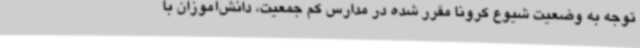
توجه به وضعیت شیوع کرونا مقرر شده در مدارس کم جمعیت، دانش‌آموزان با